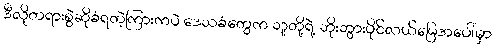
ဒီလိုတရားစွဲဆိုခံရတဲ့ကြားကပဲ ဒေသခံတွေက သူတို့ရဲ့ ဘိုးဘွားပိုင်လယ်မြေအပေါ်မှာ